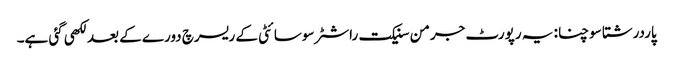
پاردرشتا سوچنا: یہ رپورٹ جرمن سنیکت راشٹر سوسائٹی کے ریسرچ دورے کے بعد لکھی گئی ہے۔